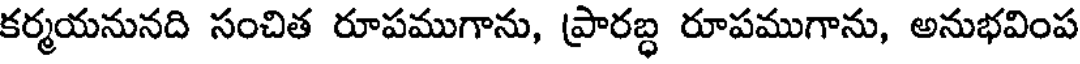
కర్మయనునది సంచిత రూపముగాను, ప్రారబ్ధ రూపముగాను, అనుభవింప